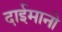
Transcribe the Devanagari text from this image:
दाईमानो